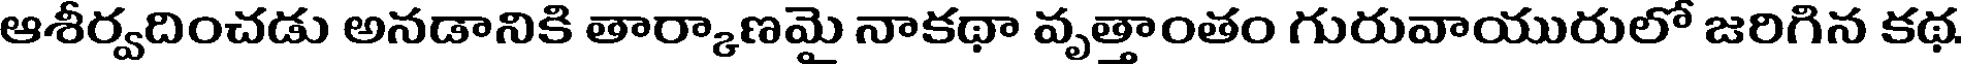
ఆశీర్వదించడు అనడానికి తార్కాణమై నాకథా వృత్తాంతం గురువాయురులో జరిగిన కథ